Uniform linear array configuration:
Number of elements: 48
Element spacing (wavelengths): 0.25
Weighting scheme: blackman
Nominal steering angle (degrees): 30
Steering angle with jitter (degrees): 28.728
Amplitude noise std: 0.05
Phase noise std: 0.05

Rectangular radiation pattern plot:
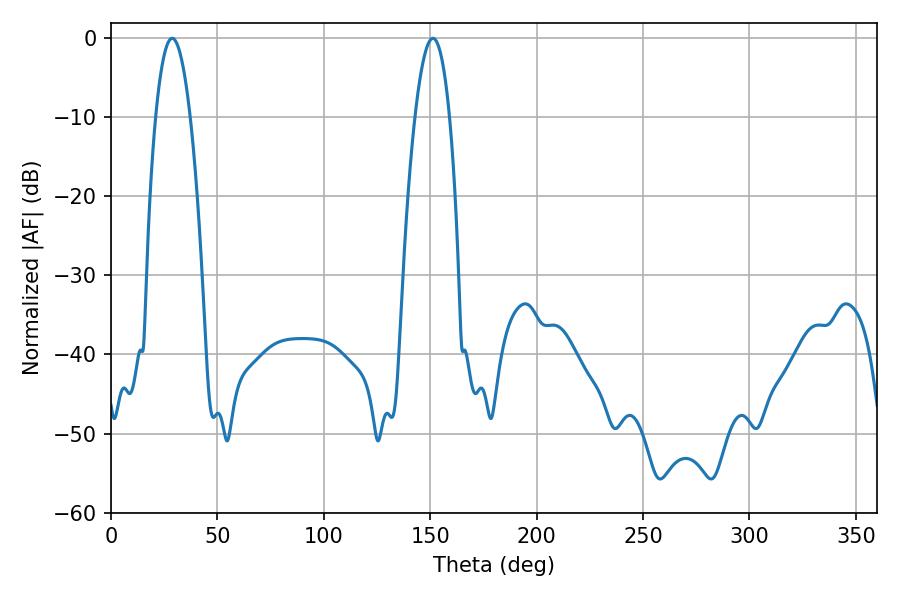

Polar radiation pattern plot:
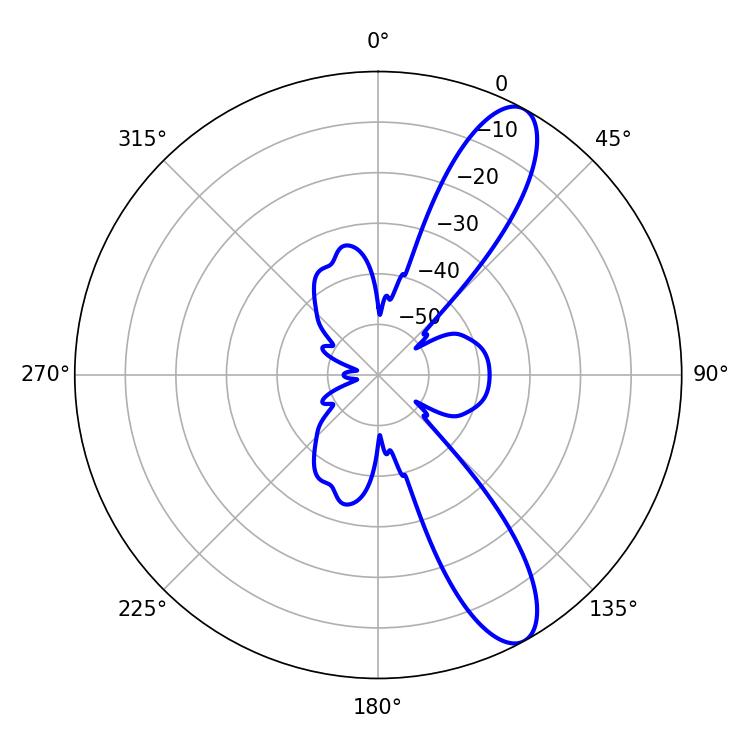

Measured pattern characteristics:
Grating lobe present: FALSE
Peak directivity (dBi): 10.914
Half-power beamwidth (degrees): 9
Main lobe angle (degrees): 28.8